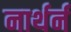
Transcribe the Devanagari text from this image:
नार्थर्न